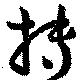
搏